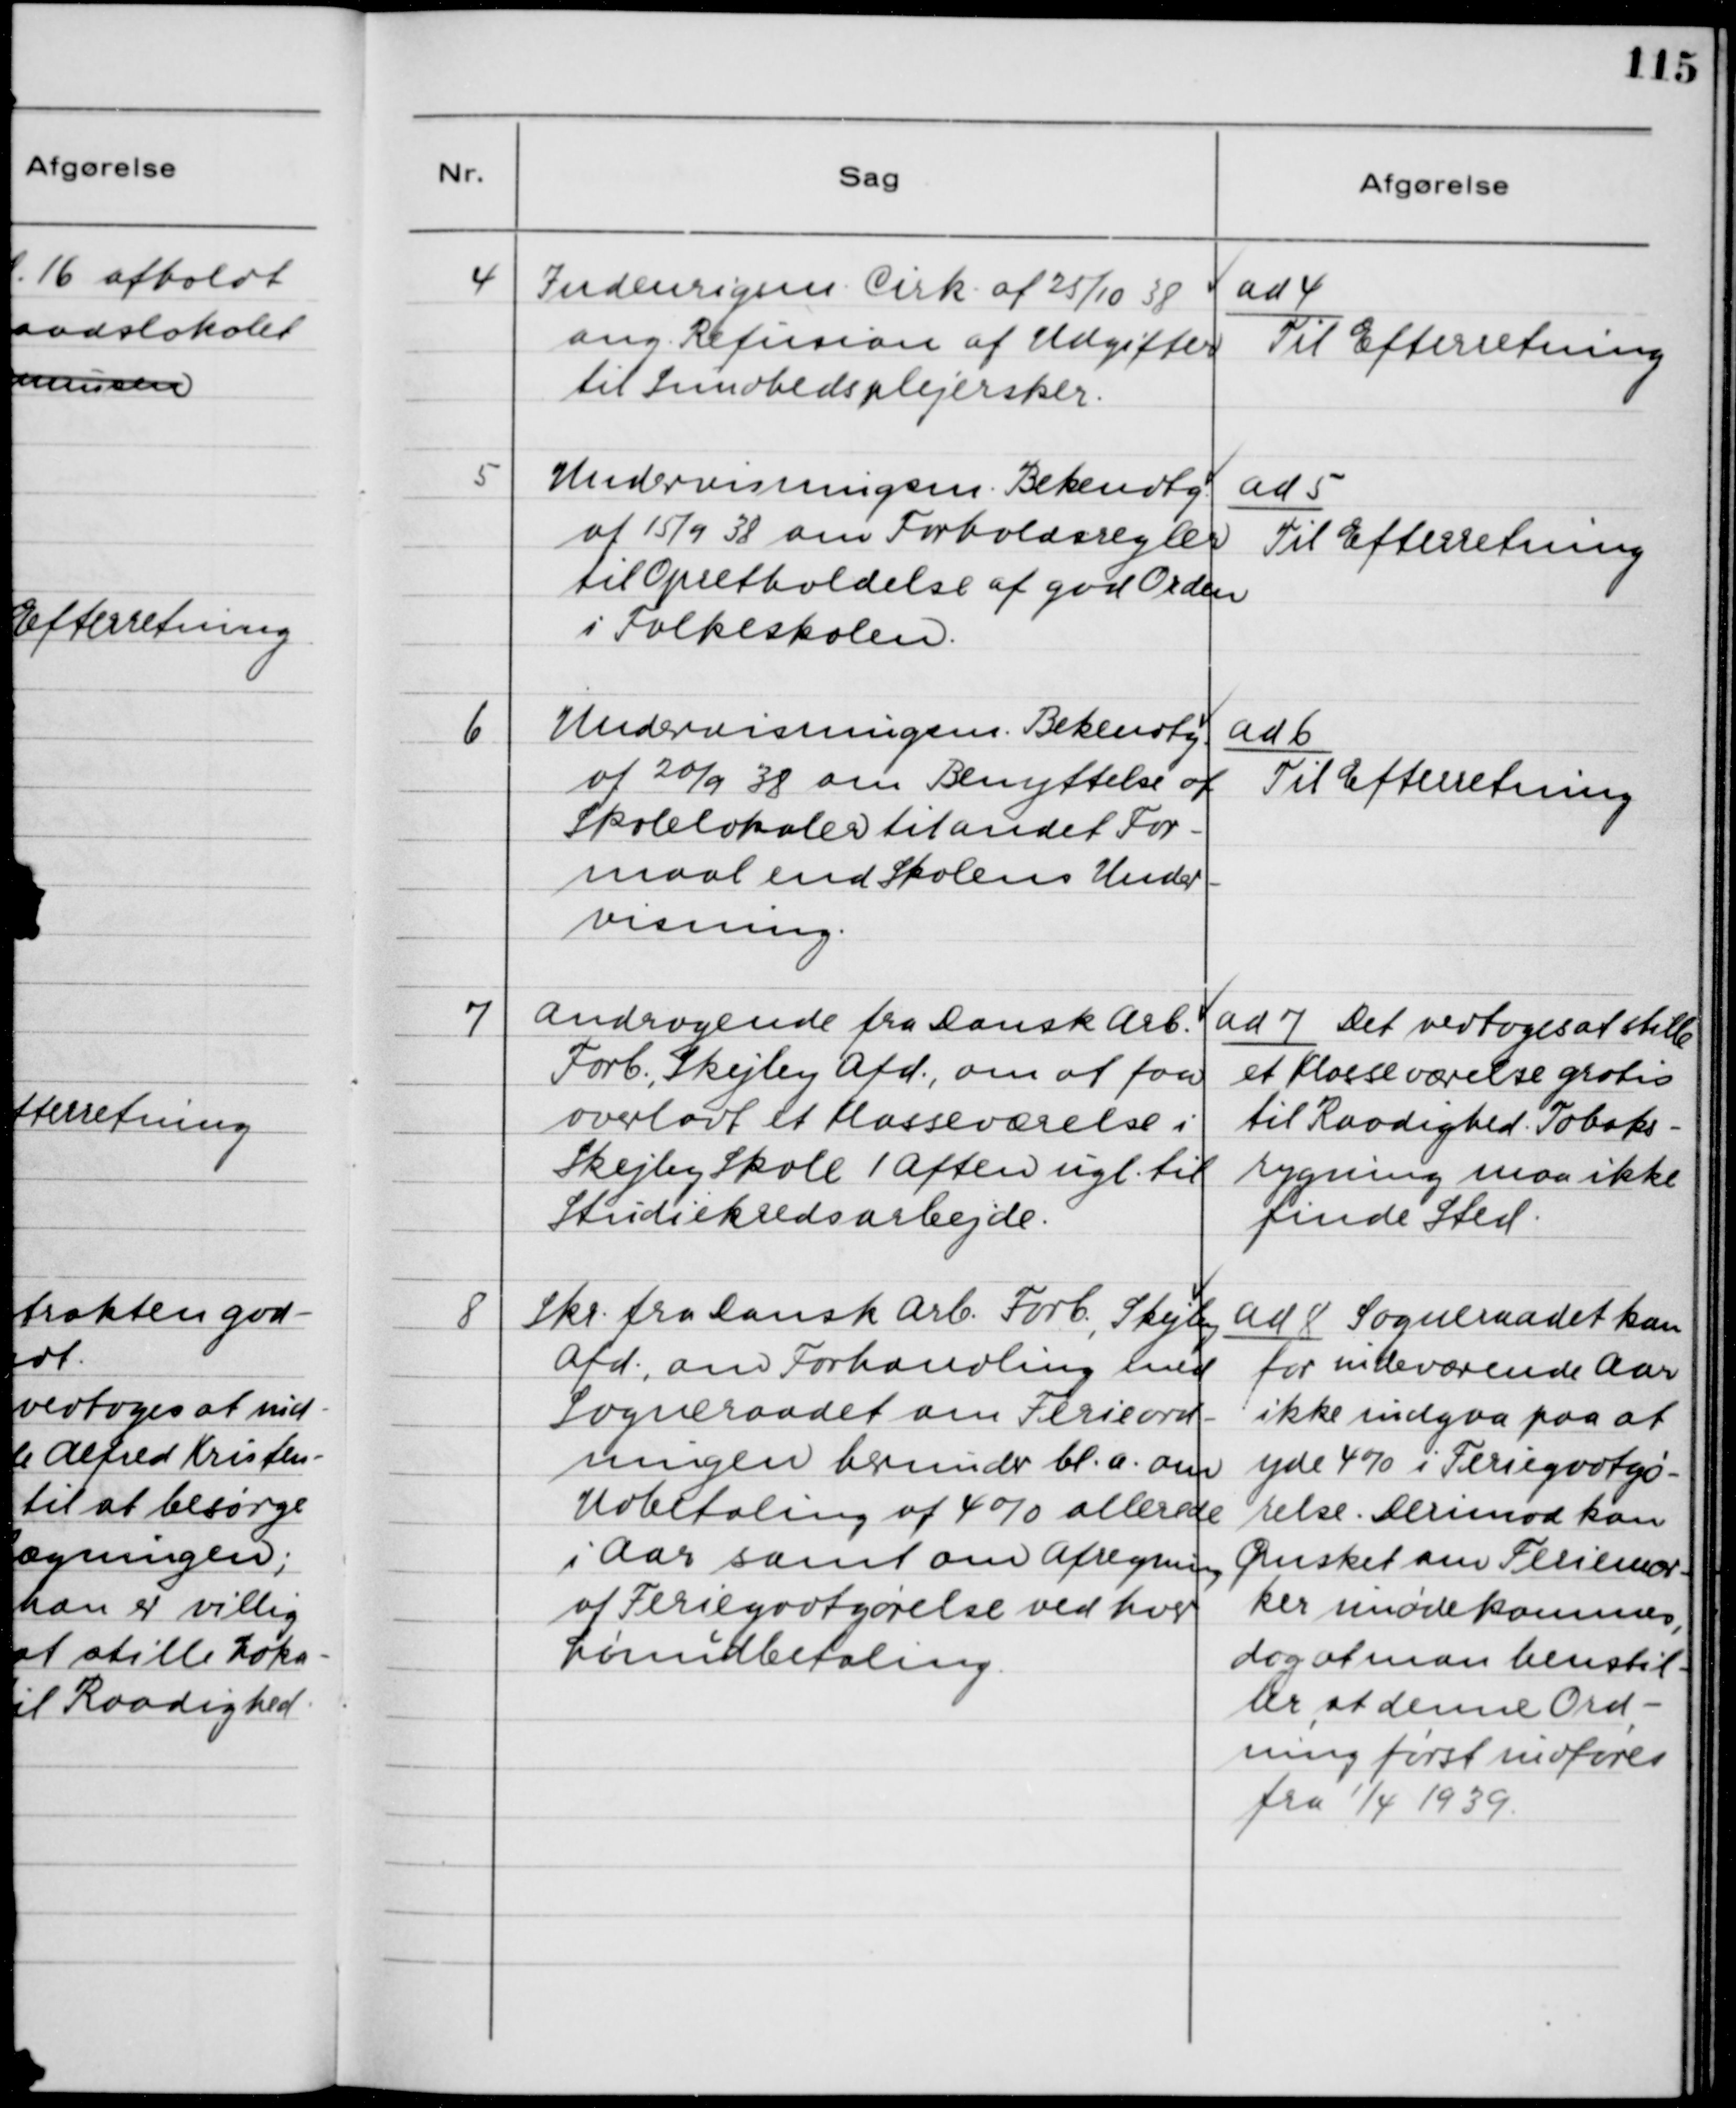
Transskription:
4. Indenrigsm. Cirk. af 25/10 38
ang. Refusion af Udgifter
til Sundhedsplejersker.

ad 4.
Til Efterretning

5. Undervisningsm. Bekendtg.
af 15/9 38 om Forholdsregler
til Opretholdelse af god Orden
i Folkeskolen.

ad 5.
Til Efterretning

6. Undervisningsm. Bekendtg.
af 20/9 38 om Benyttelse af
Skolelokaler til andet For-
maal end Skolens Under-
visning.

ad 6.
Til Efterretning

7. Andragende fra Dansk Arb.
Forb., Skejby Afd., om at faa
overladt et Klasseværelse i
Skejby Skole 1 Aften ugl. til
Studiekredsarbejde.

ad 7. Det vedtoges at stille
et Klasseværelse gratis
til Raadighed. Tobaks-
rygning maa ikke
finde Sted.

8. Skr. fra Dansk Arb. Forb., Skejby
Afd., om Forhandling med
Sogneraadet om Ferieord-
ningen herunder bl.a. om
Udbetaling af 4% allerede
i Aar samt om Afregning
af Feriegodtgørelse ved hver
Lønudbetaling.

ad 8. Sogneraadet kan
for indeværende Aar
ikke indgaa paa at
yde 4% i Feriegodtgø-
relse. Derimod kan
Ønsket om Feriemær-
ker imødekommes,
dog at man henstil-
ler, at denne Ord-
ning først indføres
fra 1/4 1939.